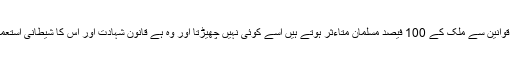
جن قوانین سے ملک کے 100 فیصد مسلمان متاءثر ہوتے ہیں اُسے کوئی نہیں چھیڑتا اور وہ ہے قانون شہادت اور اس کا شیطانی استعمال ۔